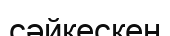
сәйкескен